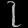
Digit: ၇